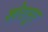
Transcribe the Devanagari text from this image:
शोरानूर